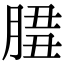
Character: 𦜻